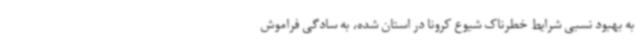
به بهبود نسبی شرایط خطرناک شیوع کرونا در استان شده، به سادگی فراموش